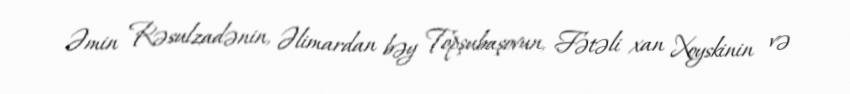
Əmin Rəsulzadənin, Əlimardan bəy Topşubaşovun, Fətəli xan Xoyskinin və